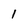
Character: 1